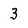
Character: 3